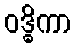
ဝဒ္ဓိကာ